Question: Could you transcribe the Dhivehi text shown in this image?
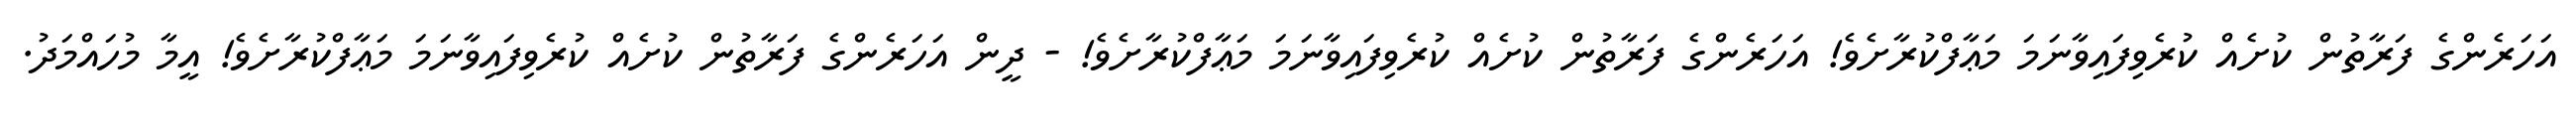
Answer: އަހަރެންގެ ފަރާތުން ކުށެއް ކުރެވިފައިވާނަމަ މަޢާފްކުރާށެވެ! އަހަރެންގެ ފަރާތުން ކުށެއް ކުރެވިފައިވާނަމަ މަޢާފްކުރާށެވެ! - ދީން އަހަރެންގެ ފަރާތުން ކުށެއް ކުރެވިފައިވާނަމަ މަޢާފްކުރާށެވެ! އީމާ މުހައްމަދު.